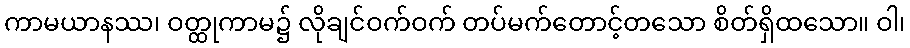
ကာမယာနဿ၊ ဝတ္ထုကာမ၌ လိုချင်ဝက်ဝက် တပ်မက်တောင့်တသော စိတ်ရှိထသော။ ဝါ၊